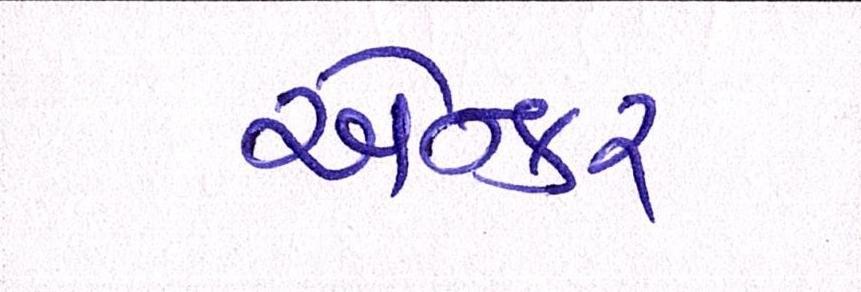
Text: એન્કર